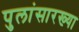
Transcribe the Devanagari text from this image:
पुलांसारख्या